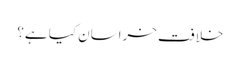
خلافت خراسان کیا ہے؟